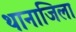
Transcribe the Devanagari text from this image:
थानाजिला